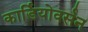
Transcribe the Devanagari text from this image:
कार्डियोवर्सन